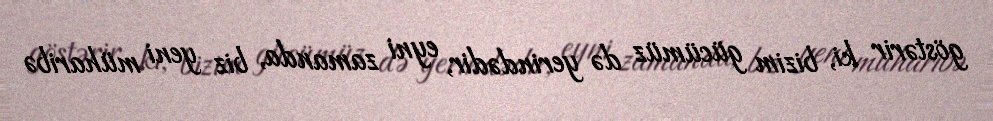
göstərir ki, bizim gücümüz də yerindədir, eyni zamanda, biz yeni müharibə